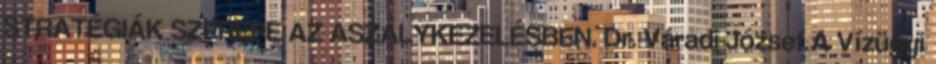
STRATÉGIÁK SZEREPE AZ ASZÁLYKEZELÉSBEN. Dr. Váradi József A Vízügyi